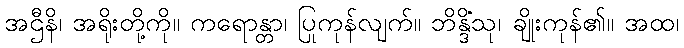
အဌီနိ၊ အရိုးတို့ကို။ ကရောန္တာ၊ ပြုကုန်လျက်။ ဘိန္ဒိံသု၊ ချိုးကုန်၏။ အထ၊